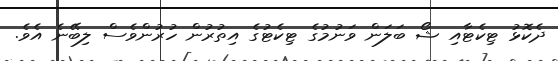
ދެކޮޅު ޓިކެޓާއި ޝޯ ބަލަން ވަނުމުގެ ޓިކެޓުގެ އިތުރުން ހުރުންވެސް ލިބޭނެ އެވެ.